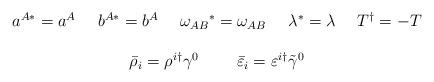
LaTeX: \begin{align*}\begin{array}{c}a^{A*}=a^{A}~~~~b^{A*}=b^{A}~~~~\omega_{AB}{}^{*}=\omega_{AB}~~~~\lambda^{*}=\lambda~~~~T^{\dagger}=-T\\{}\\\bar{\rho}_{i}=\rho^{i\dagger}\gamma^{0}~~~~~~~\bar{\varepsilon}_{i}=\varepsilon^{i\dagger}\tilde{\gamma}^{0}\end{array}\end{align*}